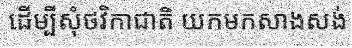
ដើម្បីសុំថវិកាជាតិ យកមកសាងសង់